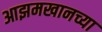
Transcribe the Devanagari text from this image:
आझमखानच्या